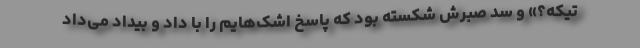
تیکه؟» و سد صبرش شکسته بود که پاسخ اشک‌هایم را با داد و بیداد می‌داد